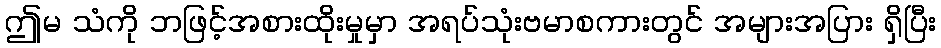
ဤမ သံကို ဘဖြင့်အစားထိုးမှုမှာ အရပ်သုံးဗမာစကားတွင် အများအပြား ရှိပြီး